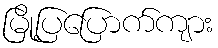
မြို့ပြပြောက်ကျား